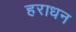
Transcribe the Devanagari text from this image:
हराधन